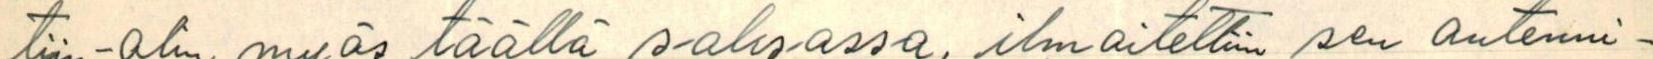
tiin - olin myös täällä saksassa, ilmoitettiin sen antenni-